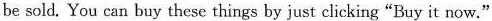
be sold. You can buy these things by just clicking "Buy it now."